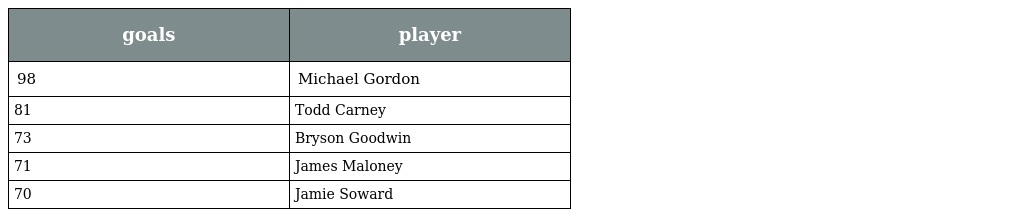
| goals | player |
 | --- | --- |
 | 98 | Michael Gordon |
 | 81 | Todd Carney |
 | 73 | Bryson Goodwin |
 | 71 | James Maloney |
 | 70 | Jamie Soward |